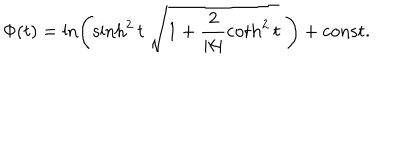
\Phi ( t ) = \ln \left( \sinh ^ { 2 } t \; \sqrt { 1 + \frac { 2 } { | k | } \coth ^ { 2 } t } \; \right) + \mathrm { c o n s t . }